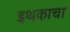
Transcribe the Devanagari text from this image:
इथकाचा